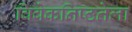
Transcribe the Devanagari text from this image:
विवेकनिष्ठतेला